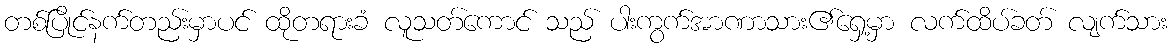
တစ်ပြိုင်နက်တည်းမှာပင် ထိုတရားခံ လူသတ်ကောင် သည် ပါးကွက်အာဏာသား၏ရှေ့မှာ လက်ထိပ်ခတ် လျက်သား